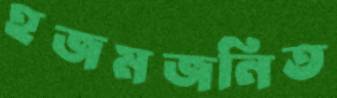
হজমজনিত